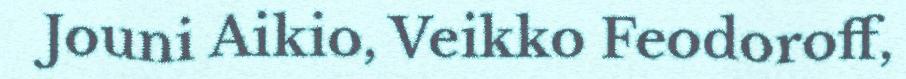
Jouni Aikio, Veikko Feodoroff,